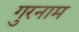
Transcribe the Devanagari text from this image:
गुरनाम